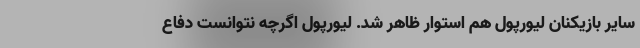
سایر بازیکنان لیورپول هم استوار ظاهر شد. لیورپول اگرچه نتوانست دفاع